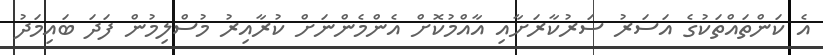
އެ ކަންތައްތަކުގެ އަސަރު ސަރުކާރަށާއި އާއްމުކޮށް އެންމެންނަށް ކުރާއިރު މުސްލިމުން ފަދަ ބައިމަދު